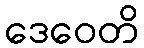
ဒေဝေတိ